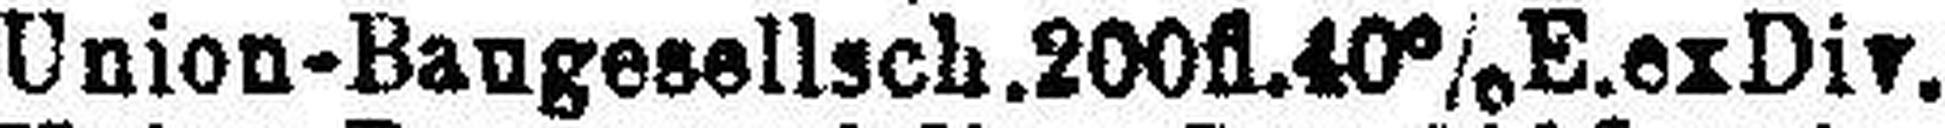
Union-Baugesellsch. 200fl. 40% E.exDiv.